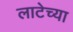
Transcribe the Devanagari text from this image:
लाटेच्या